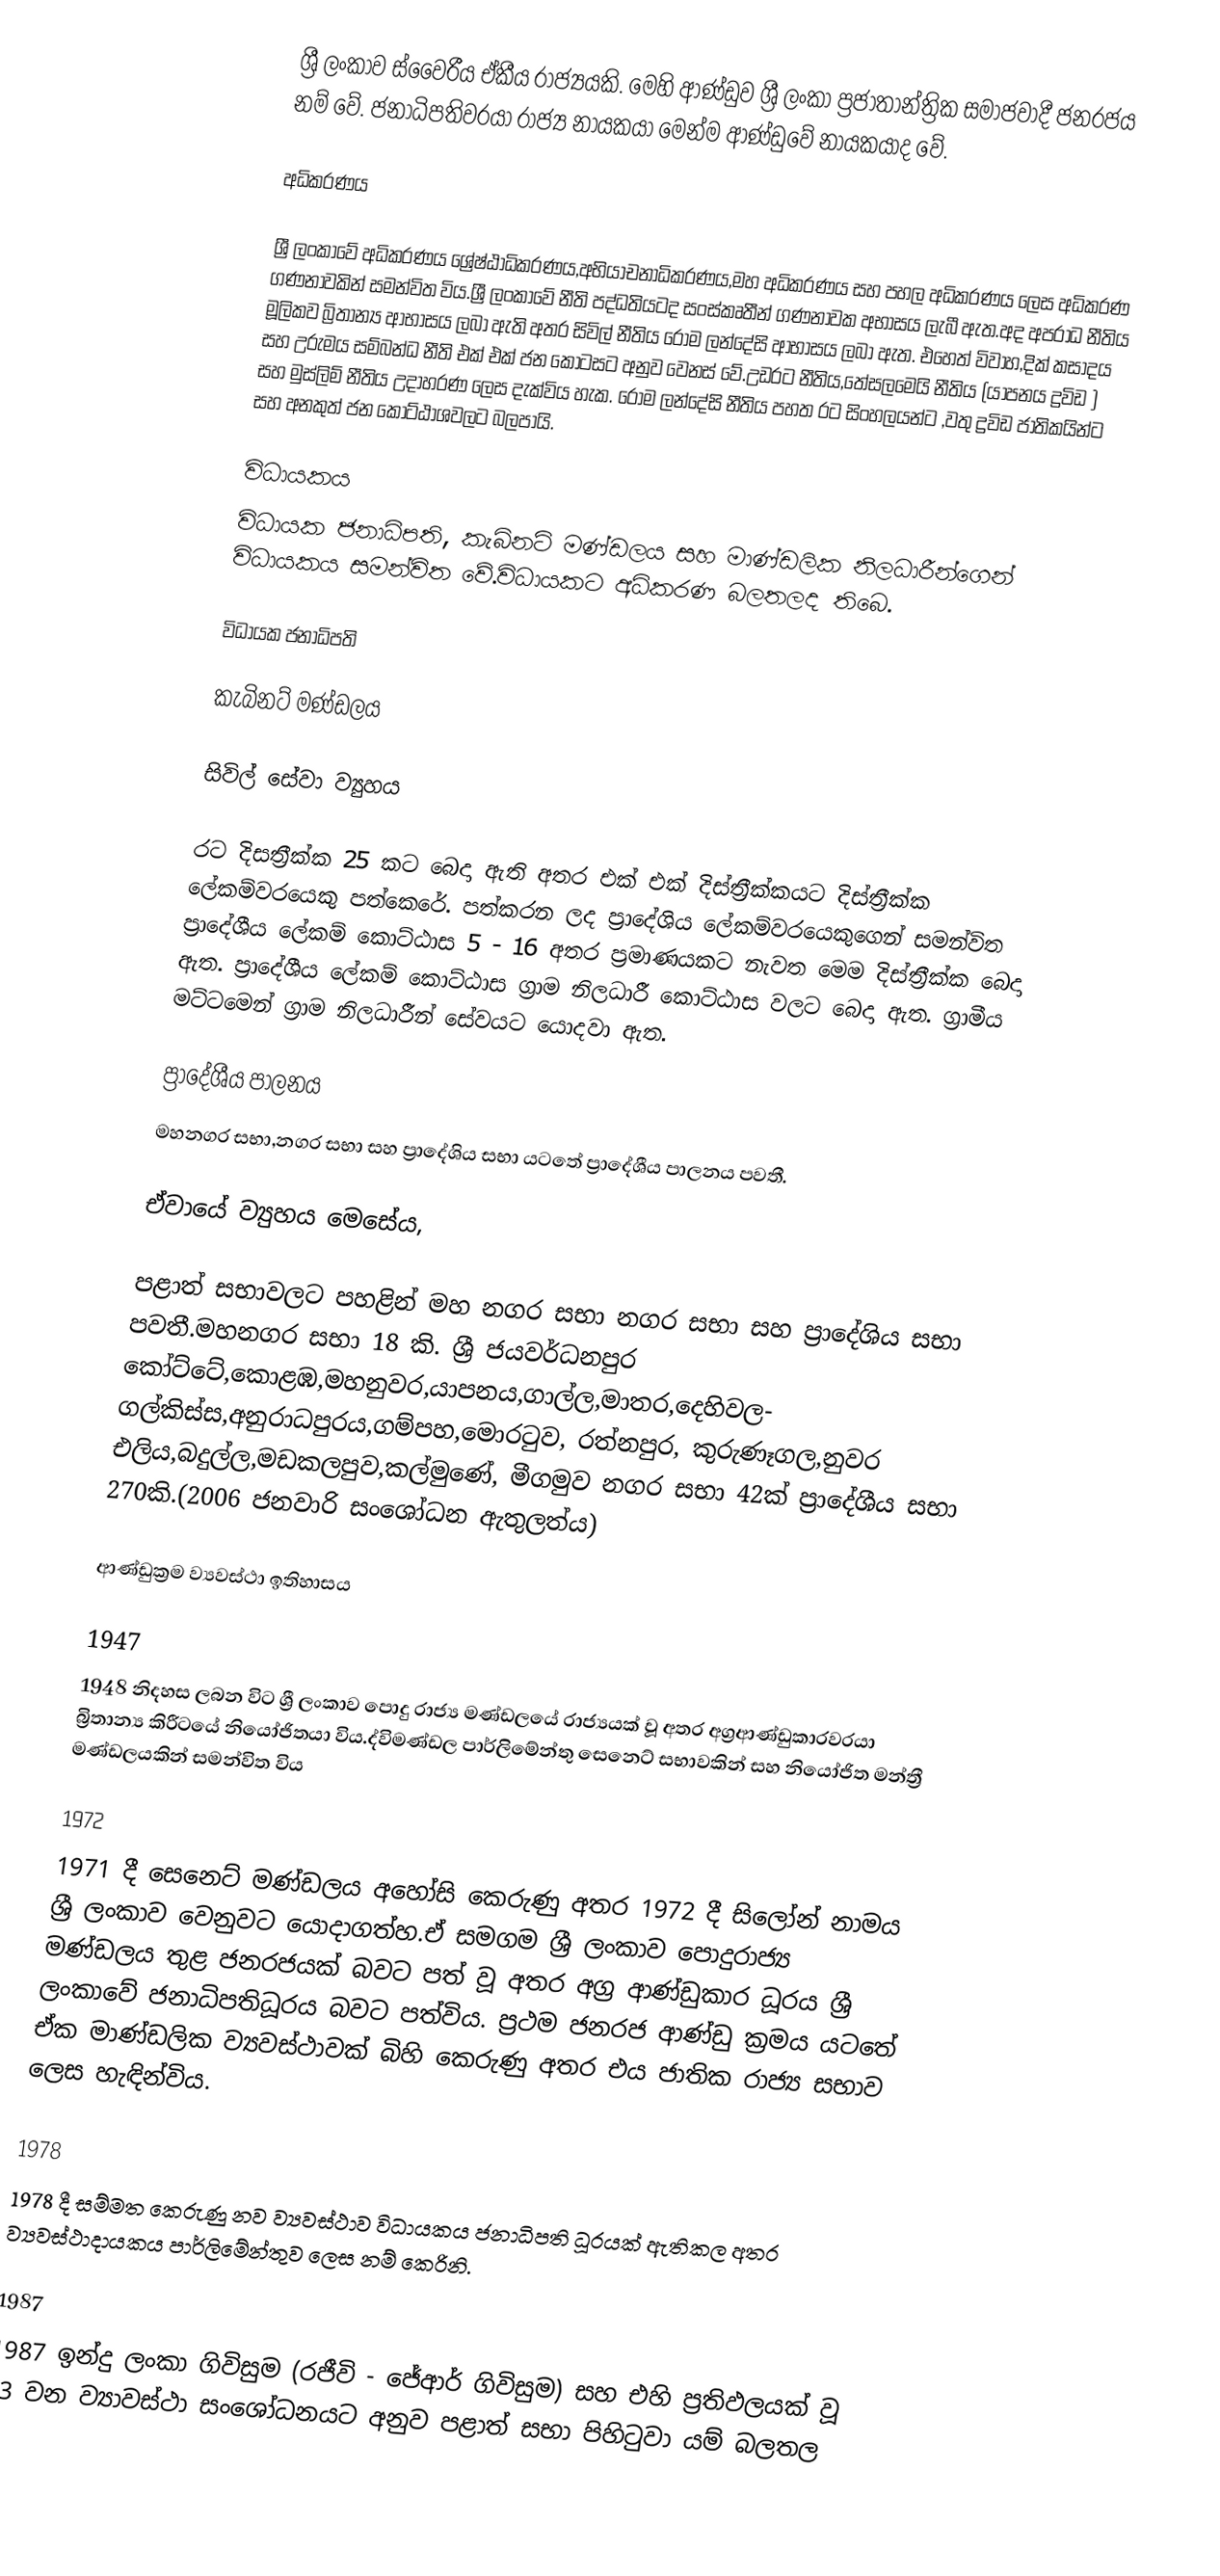
ශ්‍රී ලංකාව ස්වෛරීය ඒකීය රාජ්‍යයකි. මෙහි ආණ්ඩුව ශ්‍රී ලංකා ප්‍රජාතාන්ත්‍රික සමාජවාදී ජනරජය නම් වේ. ජනාධිපතිවරයා රාජ්‍ය නායකයා මෙන්ම ආණ්ඩුවේ නායකයාද වේ.

අධිකරණය

ශ්‍රී ලංකාවේ අධිකරණය ශ්‍රේෂ්ඨාධිකරණය,අභියාචනාධිකරණය,මහ අධිකරණය සහ පහල අධිකරණය  ලෙස අධිකරණ ගණනාවකින් සමන්විත විය.ශ්‍රී ලංකාවේ නීති පද්ධතියටද සංස්කෘතීන් ගණනාවක අභාසය ලැබී ඇත.අද අපරාධ නීතිය මූලිකව බ්‍රිතාන්‍ය ආභාසය ලබා ඇති අතර සිවිල් නීතිය රෝම ලන්දේසි ආභාසය ලබා ඇත. එහෙත් විවාහ,දික් කසාදය සහ උරුමය සම්බන්ධ නීති එක් එක් ජන කොටසට අනුව වෙනස් වේ.උඩරට නීතිය,තේසලමෙයි නීතිය (යාපනය ද්‍රවිඩ ) සහ මුස්ලිම් නීතිය උදාහරණ ලෙස දැක්විය හැක. රෝම ලන්දේසි නීතිය පහත රට සිංහලයන්ට ,වතු ද්‍රවිඩ ජාතිකයින්ට සහ අනකුත් ජන කොට්ඨාශවලට බලපායි.

විධායකය
විධායක ජනාධිපති, කැබිනට් මණ්ඩලය සහ මාණ්ඩලික නිලධාරීන්ගෙන් විධායකය සමන්විත වේ.විධායකට අධිකරණ බලතලද තිබ‍ෙ.

විධායක ජනාධිපති

කැබිනට් මණ්ඩලය

සිවිල් සේවා ව්‍යුහය

රට දිසත්‍රීක්ක 25 කට බෙදා ඇති අතර එක් එක් දිස්ත්‍රීක්කයට දිස්ත්‍රීක්ක ලේකම්වරයෙකු පත්කෙරේ. පත්කරන ලද ප්‍රාදේශිය ලේකම්වරයෙකුගෙන් සමන්විත ප්‍රාදේශීය ලේකම් කොට්ඨාස 5 - 16 අතර ප්‍රමාණයකට නැවත මෙම දිස්ත්‍රීක්ක බෙදා ඇත. ප්‍රාදේශීය ලේකම් කොට්ඨාස ග්‍රාම නිලධාරී  කොට්ඨාස වලට බෙදා ඇත. ග්‍රාමීය මට්ටමෙන් ග්‍රාම නිලධාරීන් සේවයට යොදවා ඇත.

ප්‍රාදේශීය පාලනය
මහනගර සභා,නගර සභා සහ ප්‍රාදේශිය සභා යටතේ ප්‍රාදේශීය පාලනය පවතී.

ඒවායේ ව්‍යුහය මෙසේය,

පළාත් සභාවලට පහළින් මහ නගර සභා නගර සභා සහ ප්‍රාදේශිය සභා පවතී.මහනගර සභා 18 කි. ශ්‍රී ජයවර්ධනපුර කෝට්ටේ,කොළඹ,මහනුවර,යාපනය,ගාල්ල,මාතර,දෙහිවල- ගල්කිස්ස,අනුරාධපුරය,ගම්පහ,මොරටුව, රත්නපුර, කුරුණෑගල,නුවර එලිය,බදුල්ල,මඩකලපුව,කල්මුණේ, මීගමුව  නගර සභා 42ක් ප්‍රාදේශීය සභා 270කි.(2006 ජනවාරි සංශෝධන ඇතුලත්ය)

ආණ්ඩුක්‍රම ව්‍යවස්ථා ඉතිහාසය

1947
1948 නිදහස ලබන විට ශ්‍රී ලංකාව පොදු රාජ්‍ය මණ්ඩලයේ රාජ්‍යයක් වූ අතර අග්‍රආණ්ඩුකාරවරයා බ්‍රිතාන්‍ය කිරීටයේ නියෝජිතයා විය.ද්විමණ්ඩල පාර්ලිමේන්තු සෙනෙට් සභාවකින් සහ නියෝජිත මන්ත්‍රී මණ්ඩලයකින් සමන්විත විය

1972
1971 දී සෙනෙට් මණ්ඩලය අහෝසි කෙරුණු අතර 1972 දී සිලෝන් නාමය ශ්‍රී ලංකාව වෙනුවට යොදාගත්හ.ඒ සමගම ශ්‍රී ලංකාව පොදුරාජ්‍ය මණ්ඩලය තුළ ජනරජයක් බවට පත් වූ අතර අග්‍ර ආණ්ඩුකාර ධූරය ශ්‍රී ලංකාවේ ජනාධිපතිධූරය බවට පත්විය. ප්‍රථම ජනරජ ආණ්ඩු ක්‍රමය යටතේ ඒක මාණ්ඩලික ව්‍යවස්ථාවක් බිහි කෙරුණු අතර එය ජාතික රාජ්‍ය සභාව ලෙස හැඳින්විය.

1978
1978 දී සම්මත කෙරුණු නව ව්‍යවස්ථාව විධායකය ජනාධිපති ධූරයක් ඇතිකල අතර ව්‍යවස්ථාදායකය පාර්ලිමේන්තුව ලෙස නම් කෙරිනි.

1987
1987 ඉන්දු ලංකා ගිවිසුම (රජීවි - ජේආර් ගිවිසුම) සහ එහි ප්‍රතිඵලයක් වූ 13 වන ව්‍යාවස්ථා සංශෝධනයට අනුව පළාත් සභා පිහිටුවා යම් බලතල